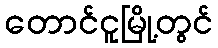
တောင်ငူမြို့တွင်